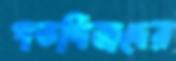
পতর্গিজদের